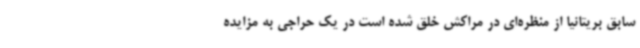
سابق بریتانیا از منظره‌ای در مراکش خلق شده است در یک حراجی به مزایده